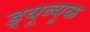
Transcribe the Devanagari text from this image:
ड्यूब्यूक